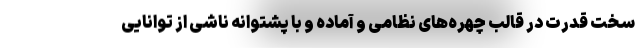
سخت قدرت در قالب چهره‌های نظامی و آماده و با پشتوانه ناشی از توانایی